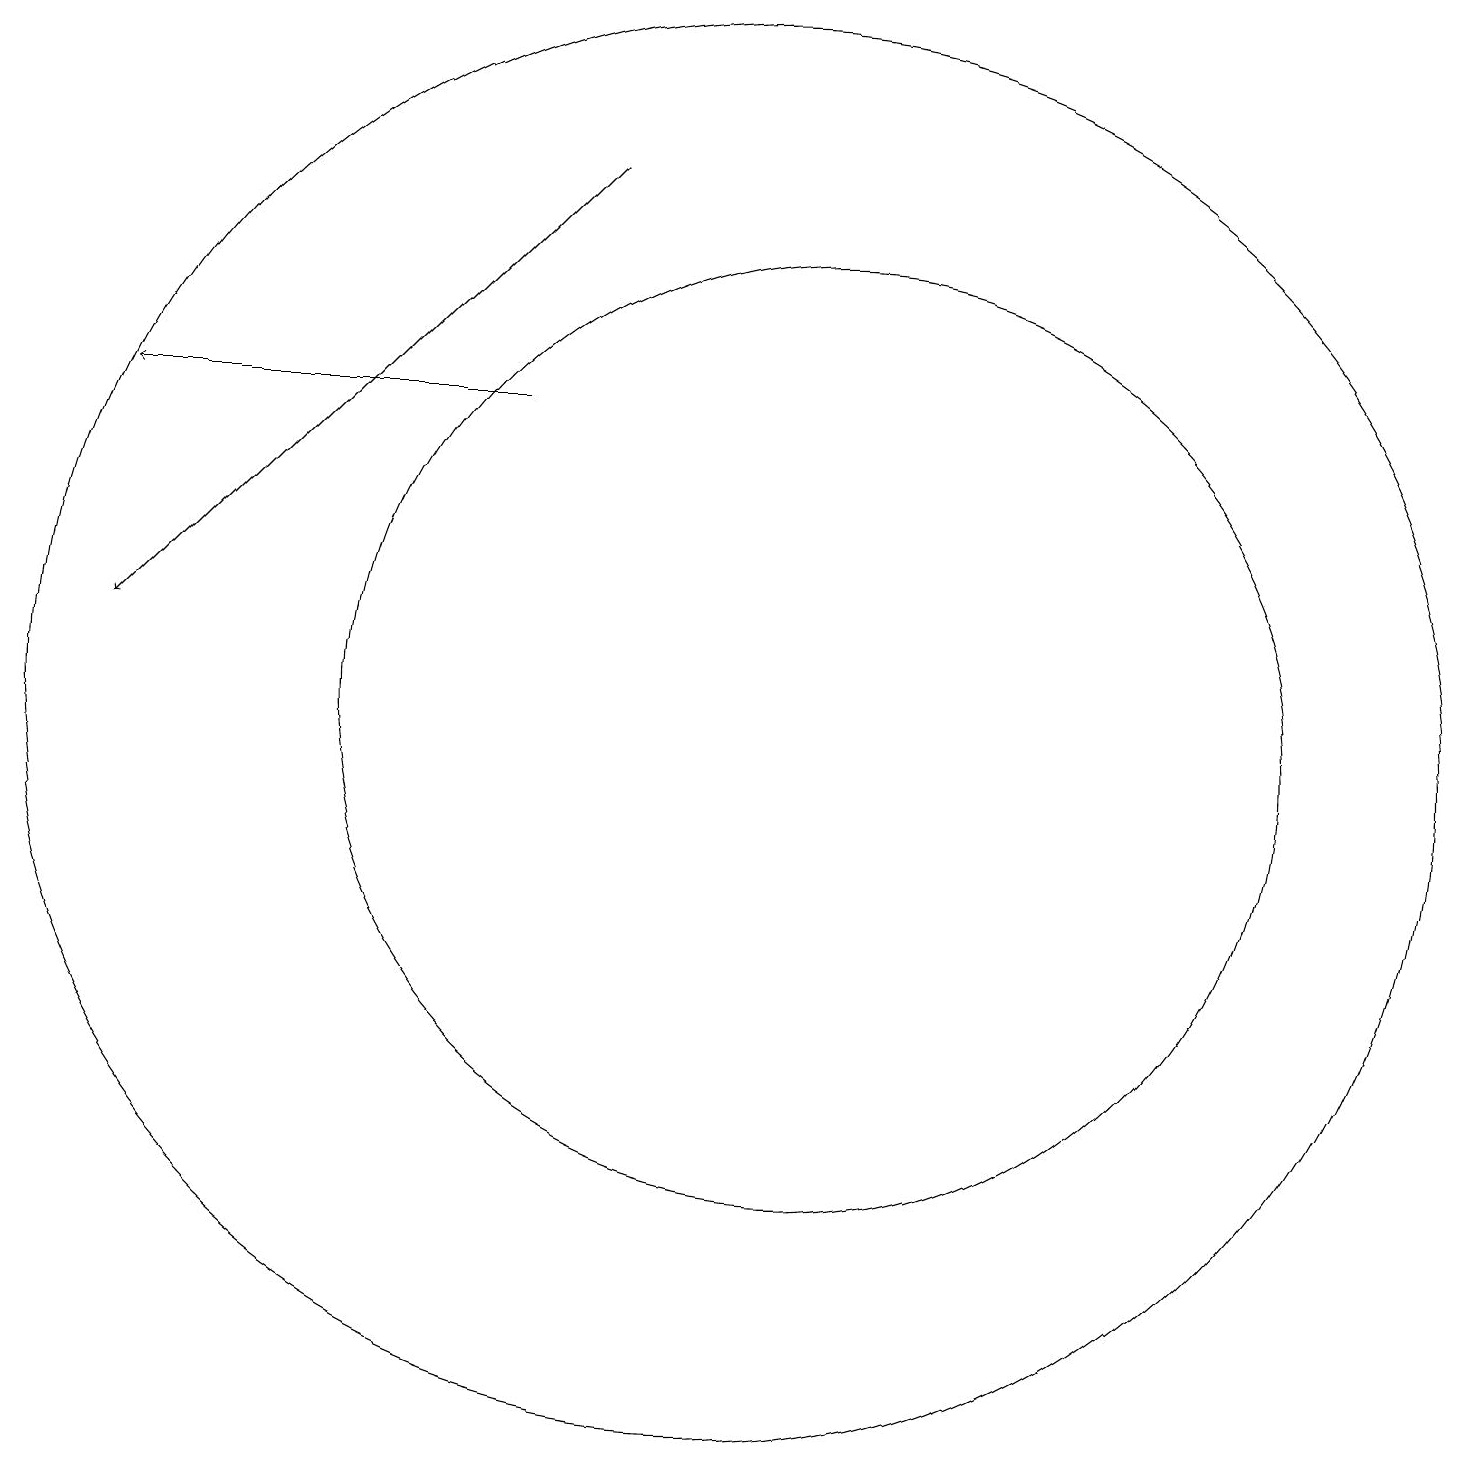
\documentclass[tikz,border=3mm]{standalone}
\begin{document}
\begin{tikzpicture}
\draw (12,10) circle (6);
\draw[->] (8,14) -- (3,14);
\draw (11,10) circle (9);
\draw[->] (9,17) -- (3,11);
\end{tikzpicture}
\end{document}